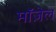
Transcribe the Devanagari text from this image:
मॉज़ेल